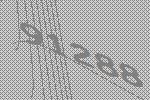
91288